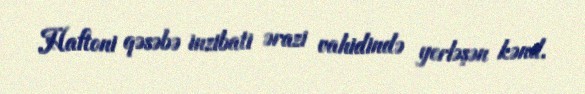
Haftoni qəsəbə inzibati ərazi vahidində yerləşən kənd.